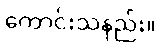
ကောင်းသနည်း။